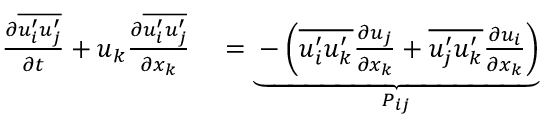
\begin{array} { r l } { \frac { \partial \overline { { u _ { i } ^ { \prime } u _ { j } ^ { \prime } } } } { \partial t } + u _ { k } \frac { \partial \overline { { u _ { i } ^ { \prime } u _ { j } ^ { \prime } } } } { \partial x _ { k } } } & { { } = \underbrace { - \left( \overline { { u _ { i } ^ { \prime } u _ { k } ^ { \prime } } } \frac { \partial u _ { j } } { \partial x _ { k } } + \overline { { u _ { j } ^ { \prime } u _ { k } ^ { \prime } } } \frac { \partial u _ { i } } { \partial x _ { k } } \right) } _ { P _ { i j } } } \end{array}